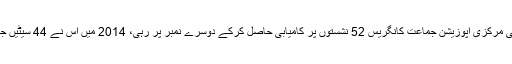
بھارت کی مرکزی اپوزیشن جماعت کانگریس 52 نشستوں پر کامیابی حاصل کرکے دوسرے نمبر پر رہی، 2014 میں اس نے 44 سیٹیں جیتی تھیں۔